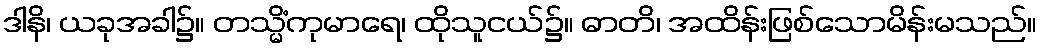
ဒါနိ၊ ယခုအခါ၌။ တသ္မိံကုမာရေ၊ ထိုသူငယ်၌။ ဓာတိ၊ အထိန်းဖြစ်သောမိန်းမသည်။